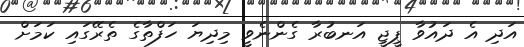
އަދި އެ ދައުވާ ޕީޖީ އަނބުރާ ގެންނެވީ މިދިޔަ ހަފްތާގެ ތެރޭގައި ކަމަށް